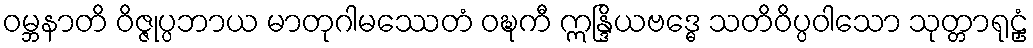
ဝမ္ဘနာတိ ဝိဇ္ဇုပ္ပဘာယ မာတုဂါမဿေတံ ဝဍ္ဎကီ ဣန္ဒြိယဗဒ္ဓေ သတိဝိပ္ပဝါသော သုတ္တာရုဠှံ